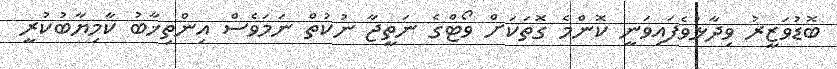
ބޮޑުވަޒީރު ވިދާޅުވެފައިވަނީ ކޮންމެ ގޮތަކަށް ވޯޓްގެ ނަތީޖާ ނުކުތް ނަމަވެސް އިންތިޚާބު ކާމިޔާބުކުރީ